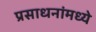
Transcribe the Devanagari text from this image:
प्रसाधनांमध्ये